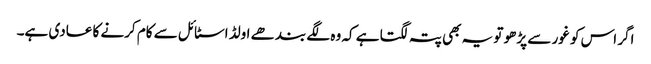
اگر اس کو غور سے پڑھو تو یہ بھی پتہ لگتا ہے کہ وہ لگے بندھے اولڈ اسٹائل سے کام کرنے کا عادی ہے۔